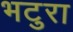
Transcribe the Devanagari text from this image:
भटुरा